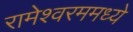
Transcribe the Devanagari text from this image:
रामेश्वरममध्ये